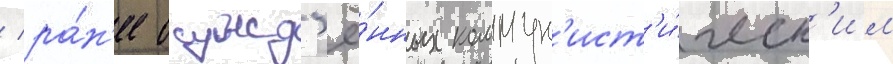
/ ра́н'ее осужд'ё́нных коммун'ист'и́ческ'им